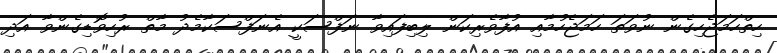
ހިތްހަމަޖެހިގެން ނުވަތަ ހަމަޖެހުމާއި އުފާވެރިކަން ލިބިފައިވާ ނަފްސަކީ އެނަފްސަކާމެދު މާތް ރުހިވޮޑިގެންވާ އަދި